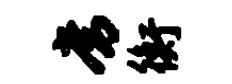
常衡